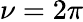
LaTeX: \nu=2\pi